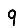
Digit: 9